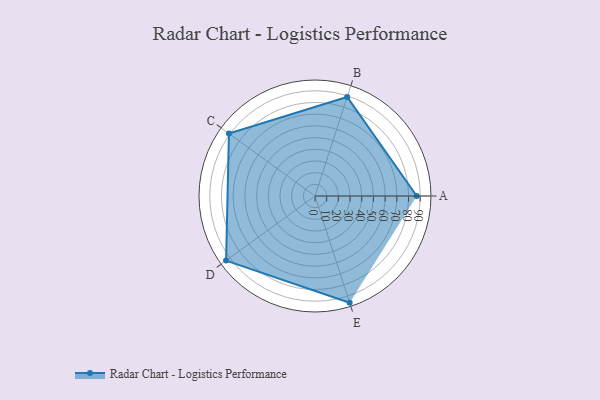
{"axis": {"x": "Skill", "y": "Score"}, "legend": ["Profile"], "data": [{"x": "A", "y": 87.0, "type": "Profile"}, {"x": "B", "y": 89.0, "type": "Profile"}, {"x": "C", "y": 91.0, "type": "Profile"}, {"x": "D", "y": 94.0, "type": "Profile"}, {"x": "E", "y": 96.0, "type": "Profile"}]}